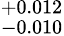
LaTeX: ^{+0.012}_{-0.010}